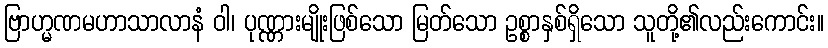
ဗြာဟ္မဏမဟာသာလာနံ ဝါ၊ ပုဏ္ဏားမျိုးဖြစ်သော မြတ်သော ဥစ္စာနှစ်ရှိသော သူတို့၏လည်းကောင်း။